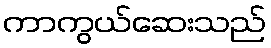
ကာကွယ်ဆေးသည်